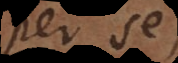
per se,